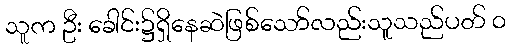
သူက ဦး ခေါင်း၌ရှိနေဆဲဖြစ်သော်လည်းသူသည်ပတ် ၀